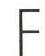
F